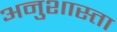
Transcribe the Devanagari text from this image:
अनुशास्ता